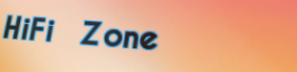
HiFi Zone